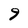
Character: 9